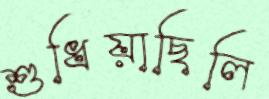
শুধিয়াছিলি